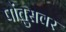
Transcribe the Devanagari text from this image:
पोंतुसवर